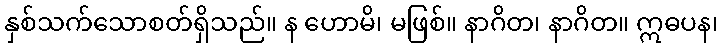
နှစ်သက်သောစတ်ရှိသည်။ န ဟောမိ၊ မဖြစ်။ နာဂိတ၊ နာဂိတ။ ဣဓပန၊